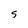
Character: S